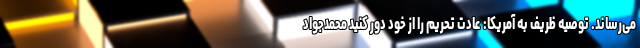
می‌رساند. توصیه ظریف به آمریکا: عادت تحریم را از خود دور کنید محمدجواد